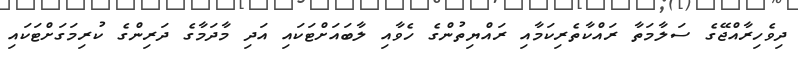
ދިވެހިރާއްޖޭގެ ސަލާމަތާ ރައްކާތެރިކަމާއި ރައްޔިތުންގެ ހެވާއި ލާބައަށްޓަކައި އަދި މާދަމާގެ ދަރިންގެ ކުރިމަގަށްޓަކައި